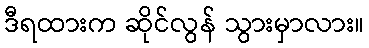
ဒီရထားက ဆိုင်လွန် သွားမှာလား။